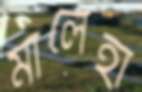
মালেহা